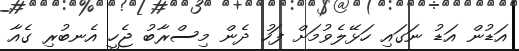
އަޑުން އަޑު ނަގައި ހަޅޭލެވުމަށް ފަހު ދެން މިސްރާބު ޖެހީ އެނބުރި ގެއާ